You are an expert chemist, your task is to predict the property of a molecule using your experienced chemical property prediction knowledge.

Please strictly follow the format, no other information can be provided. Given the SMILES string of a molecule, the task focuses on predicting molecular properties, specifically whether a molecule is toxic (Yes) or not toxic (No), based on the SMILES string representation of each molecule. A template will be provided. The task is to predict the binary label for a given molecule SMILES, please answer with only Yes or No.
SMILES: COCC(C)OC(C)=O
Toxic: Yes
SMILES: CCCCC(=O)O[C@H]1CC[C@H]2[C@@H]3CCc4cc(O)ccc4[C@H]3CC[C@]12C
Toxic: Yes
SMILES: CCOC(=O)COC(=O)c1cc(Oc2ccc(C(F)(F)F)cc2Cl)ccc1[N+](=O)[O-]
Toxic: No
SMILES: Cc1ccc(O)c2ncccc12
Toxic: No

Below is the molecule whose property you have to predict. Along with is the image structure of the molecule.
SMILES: c1ccc2c(c1)c1cccc3ccc4cccc2c4c31
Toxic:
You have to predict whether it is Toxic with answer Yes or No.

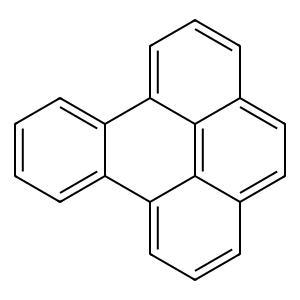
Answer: No